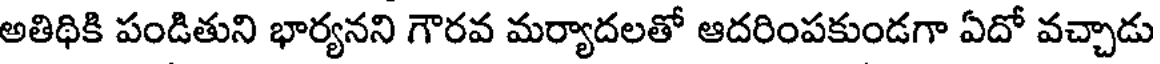
అతిథికి పండితుని భార్యనని గౌరవ మర్యాదలతో ఆదరింపకుండగా ఏదో వచ్చాడు